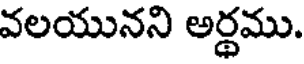
వలయునని అర్థము.